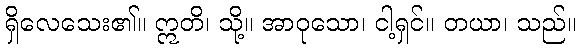
ရှိလေသေး၏။ ဣတိ၊ သို့။ အာဝုသော၊ ငါ့ရှင်။ တယာ၊ သည်။